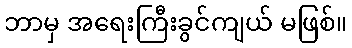
ဘာမှ အရေးကြီးခွင်ကျယ် မဖြစ်။